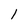
Character: 1